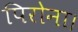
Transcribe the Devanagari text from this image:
पिरोना।